Report of the Imperial Institute of Veterinary Research, Muktesar
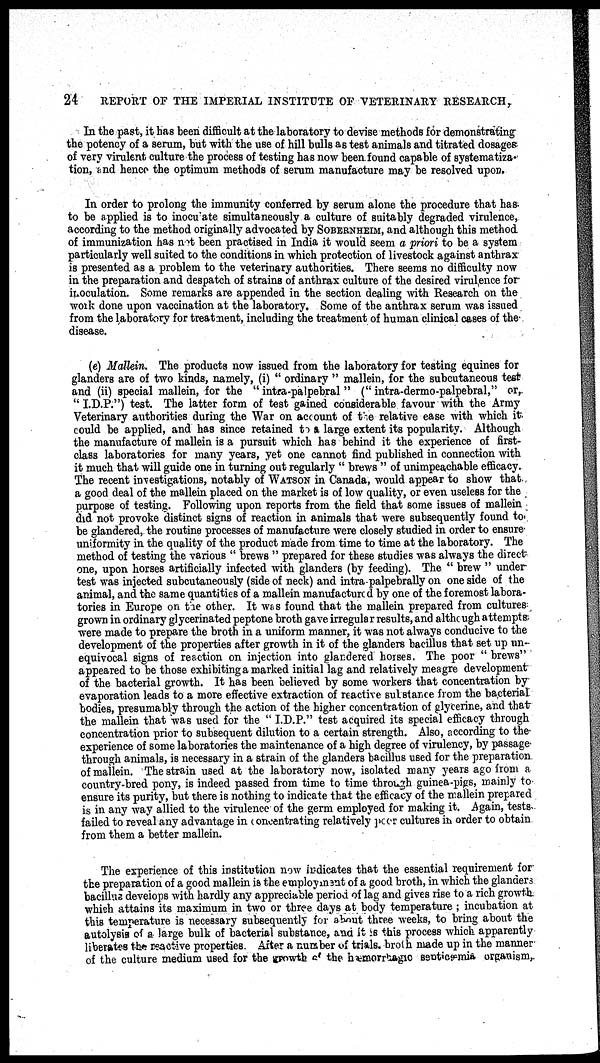
24
REPORT OF THE IMPERIAL INSTITUTE OF VETERINARY RESEARCH,
In the past, it has been difficult at the laboratory to devise methods for demonstrating
the potency of a serum, but with the use of hill bulls as test animals and titrated dosages
of very virulent culture the process of testing has now been found capable of systematiza¬
tion, and hence the optimum methods of serum manufacture may be resolved upon.
In order to prolong the immunity conferred by serum alone the procedure that has
to be applied is to inoculate simultaneously a culture of suitably degraded virulence,
according to the method originally advocated by SOBERNHEIM, and although this method
of immunization has not been practised in India it would seem a priori to be a system
particularly well suited to the conditions in which protection of livestock against anthrax
is presented as a problem to the veterinary authorities. There seems no difficulty now
in the preparation and despatch of strains of anthrax culture of the desired virulence for
inoculation. Some remarks are appended in the section dealing with Research on the
work done upon vaccination at the laboratory. Some of the anthrax serum was issued
from the laboratory for treatment, including the treatment of human clinical cases of the
disease.
(e) Mallein. The products now issued from the laboratory for testing equines for
glanders are of two kinds, namely, (i) " ordinary " mallein, for the subcutaneous test
and (ii) special mallein, for the " intra-palpebral " (" intra-dermo-palpebral," or,
" I.D.P.") test. The latter form of test gained considerable favour with the Army
Veterinary authorities during the War on account of the relative ease with which it
could be applied, and has since retained to a large extent its popularity. Although
the manufacture of mallein is a pursuit which has behind it the experience of first-
class laboratories for many years, yet one cannot find published in connection with
it much that will guide one in turning out regularly " brews " of unimpeachable efficacy.
The recent investigations, notably of WATSON in Canada, would appear to show that
a good deal of the mallein placed on the market is of low quality, or even useless for the
purpose of testing. Following upon reports from the field that some issues of mallein
did not provoke distinct signs of reaction in animals that were subsequently found to
be glandered, the routine processes of manufacture were closely studied in order to ensure
uniformity in the quality of the product made from time to time at the laboratory. The
method of testing the various " brews " prepared for these studies was always the direct
one, upon horses artificially infected with glanders (by feeding). The " brew " under
test was injected subcutaneously (side of neck) and intra-palpebrally on one side of the
animal, and the same quantities of a mallein manufactured by one of the foremost labora-
tories in Europe on the other. It was found that the mallein prepared from cultures
grown in ordinary glycerinated peptone broth gave irregular results, and although attempts
were made to prepare the broth in a uniform manner, it was not always conducive to the
development of the properties after growth in it of the glanders bacillus that set up un-
equivocal signs of reaction on injection into glandered horses. The poor " brews"
appeared to be those exhibiting a marked initial lag and relatively meagre development
of the bacterial growth. It has been believed by some workers that concentration by
evaporation leads to a more effective extraction of reactive substance from the bacterial
bodies, presumably through the action of the higher concentration of glycerine, and that
the mallein that was used for the " I.D.P." test acquired its special efficacy through
concentration prior to subsequent dilution to a certain strength. Also, according to the
experience of some laboratories the maintenance of a high degree of virulency, by passage
through animals, is necessary in a strain of the glanders bacillus used for the preparation
of mallein. The strain used at the laboratory now, isolated many years ago from a
country-bred pony, is indeed passed from time to time through guinea-pigs, mainly to
ensure its purity, but there is nothing to indicate that the efficacy of the mallein prepared
is in any way allied to the virulence of the germ employed for making it. Again, tests
failed to reveal any advantage in concentrating relatively poor cultures in order to obtain
from them a better mallein.
The experience of this institution now indicates that the essential requirement for
the preparation of a good mallein is the employment of a good broth, in which the glanders
bacillus develops with hardly any appreciable period of lag and gives rise to a rich growth
which attains its maximum in two or three days at body temperature ; incubation at
this temperature is necessary subsequently for about three weeks, to bring about the
autolysis of a large bulk of bacterial substance, and it is this process which apparently
liberates the reactive properties. After a number of trials broth made up in the manner
of the culture medium used for the growth of the hæmorrhagic septicæmia organism,